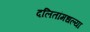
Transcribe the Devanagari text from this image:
दलितांमधल्या